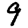
Digit: 9